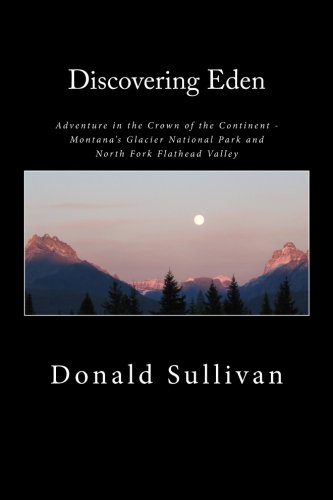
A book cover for Discovering Eden: Adventure In The Crown of The Continent - Montana's Glacier National Park and North Fork of the Flathead Valley - A True Story; Mr. Donald Sullivan; Science & Math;